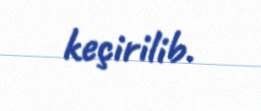
keçirilib.